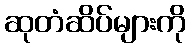
ဆုတံဆိပ်များကို